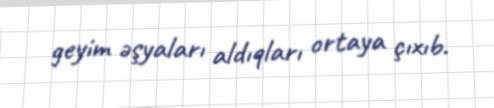
geyim əşyaları aldıqları ortaya çıxıb.